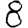
Digit: 8